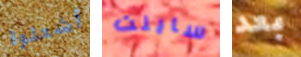
أشعلوا ساينت بعد